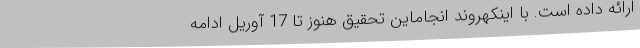
ارائه داده است. با اینکهروند انجاماین تحقیق هنوز تا 17 آوریل ادامه